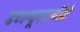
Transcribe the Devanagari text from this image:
डब्ल्यूएसपीई